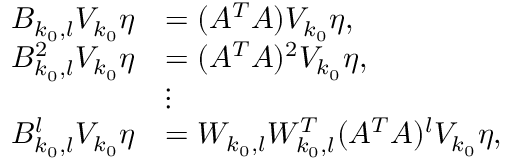
\begin{array} { r l } { B _ { k _ { 0 } , l } V _ { k _ { 0 } } \eta } & { = ( A ^ { T } A ) V _ { k _ { 0 } } \eta , } \\ { B _ { k _ { 0 } , l } ^ { 2 } V _ { k _ { 0 } } \eta } & { = ( A ^ { T } A ) ^ { 2 } V _ { k _ { 0 } } \eta , } \\ & { \vdots } \\ { B _ { k _ { 0 } , l } ^ { l } V _ { k _ { 0 } } \eta } & { = W _ { k _ { 0 } , l } W _ { k _ { 0 } , l } ^ { T } ( A ^ { T } A ) ^ { l } V _ { k _ { 0 } } \eta , } \end{array}